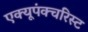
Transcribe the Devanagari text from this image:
एक्यूपंक्चरिस्ट